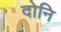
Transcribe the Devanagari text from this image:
दोनि